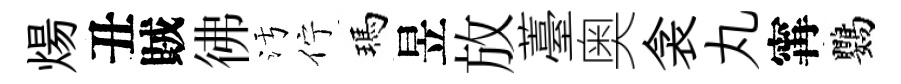
煬丑賊彿污佇瑪昱放薹奥衾丸𡩋鸚